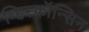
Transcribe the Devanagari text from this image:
व्हिस्कॉन्सिन